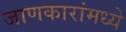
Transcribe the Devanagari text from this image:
जाणकारांमध्ये